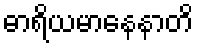
ဓာရိယမာနေနာတိ